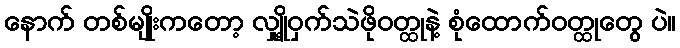
နောက် တစ်မျိုးကတော့ လျှို့ဝှက်သဲဖိုဝတ္ထုနဲ့ စုံထောက်ဝတ္ထုတွေ ပဲ။